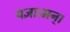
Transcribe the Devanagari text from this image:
यज्ञात्मन्‌।